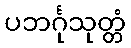
ပဘင်္ဂုသုတ္တံ